Source: Handwritten
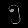
Digit: ၅ (5)